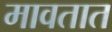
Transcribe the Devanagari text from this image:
मावतात